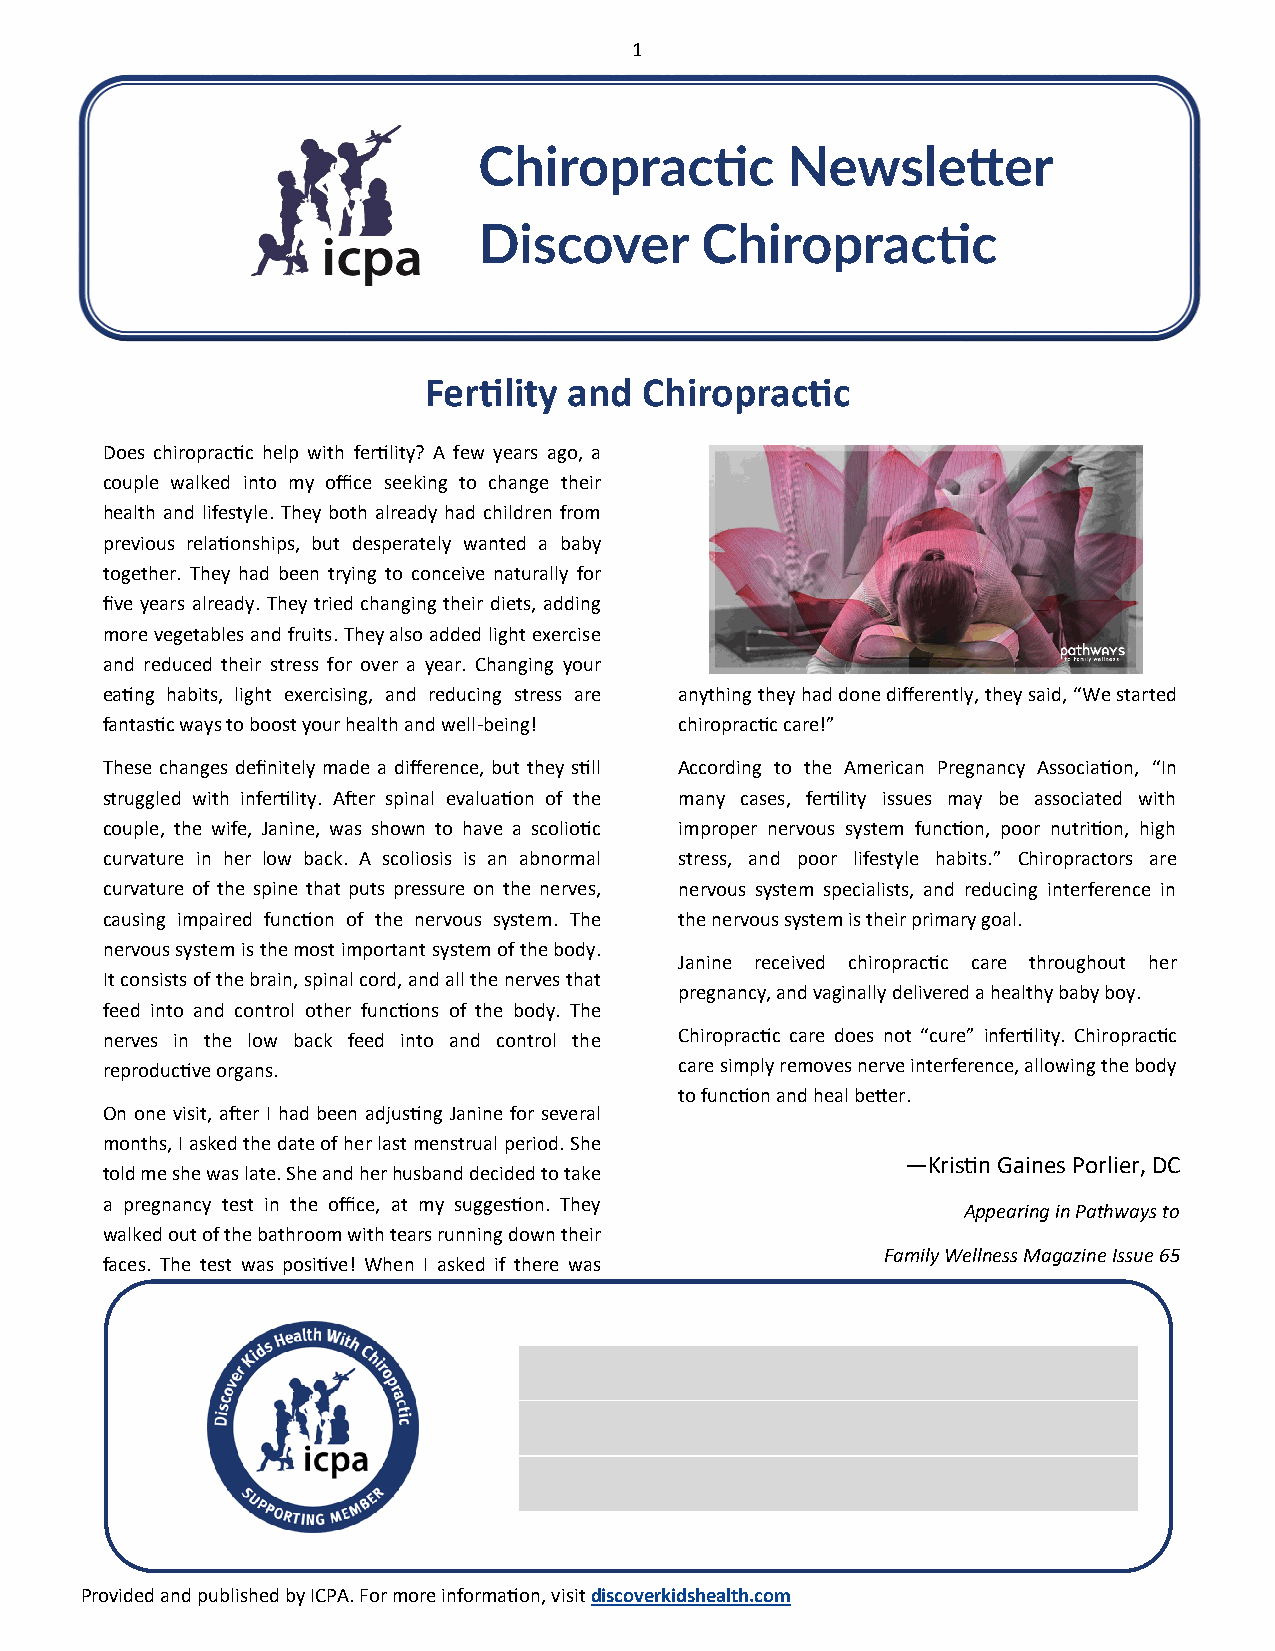
1
 Chiropractic        Newsletter
 Discover      Chiropractic
 Fertility and  Chiropractic
 Does chiropractic help with fertility? A few years ago, a
 couple walked into my office seeking to change their
 health and lifestyle. They both already had children from
 previous relationships, but desperately wanted a baby
 together. They had been trying to conceive naturally for
 five years already. They tried changing their diets, adding
 more vegetables and fruits. They also added light exercise
 and reduced their stress for over a year. Changing your
 eating habits, light exercising, and reducing stress are anything they had done differently, they said, “We started
 fantastic ways to boost your health and well-being! chiropractic care!”
 These changes definitely made a difference, but they still According to the American Pregnancy Association, “In
 struggled with infertility. After spinal evaluation of the many cases, fertility issues may be associated with
 couple, the wife, Janine, was shown to have a scoliotic improper nervous system function, poor nutrition, high
 curvature in her low back. A scoliosis is an abnormal stress, and poor lifestyle habits.” Chiropractors are
 curvature of the spine that puts pressure on the nerves, nervous system specialists, and reducing interference in
 causing impaired function of the nervous system. The the nervous system is their primary goal.
 nervous system is the most important system of the body.
 Janine received chiropractic care throughout her
 It consists of the brain, spinal cord, and all the nerves that
 pregnancy, and vaginally delivered a healthy baby boy.
 feed into and control other functions of the body. The
 nerves in the low back feed into and control the Chiropractic care does not “cure” infertility. Chiropractic
 reproductive organs.                  care simply removes nerve interference, allowing the body
 to function and heal better.
 On one visit, after I had been adjusting Janine for several
 months, I asked the date of her last menstrual period. She
 —Kristin Gaines Porlier, DC
 told me she was late. She and her husband decided to take
 a pregnancy test in the office, at my suggestion. They
 Appearing in Pathways to
 walked out of the bathroom with tears running down their
 Family Wellness Magazine Issue 65
 faces. The test was positive! When I asked if there was
 Provided and published by ICPA. For more information, visit discoverkidshealth.com